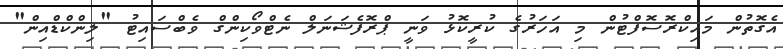
އެގޮތުން މައިކްރޮސޮފްޓުން މި އަހަރުގެ ކުރީކޮޅު ވަނީ ޕްރޮފެޝަނަލް ނެޓްވޯކިންގް ވެބްސައިޓު "ލިންކްޑްއިން"